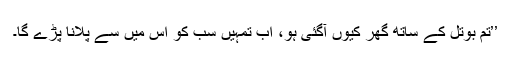
’’تم بوتل کے ساتھ گھر کیوں آگئی ہو، اب تمہیں سب کو اس میں سے پلانا پڑے گا۔